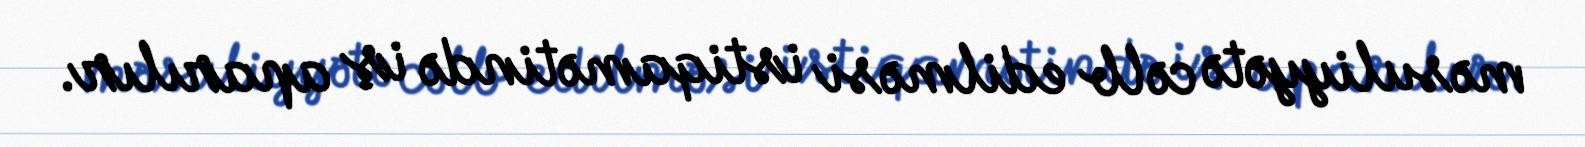
məsuliyyətə cəlb edilməsi istiqamətində iş aparılır.